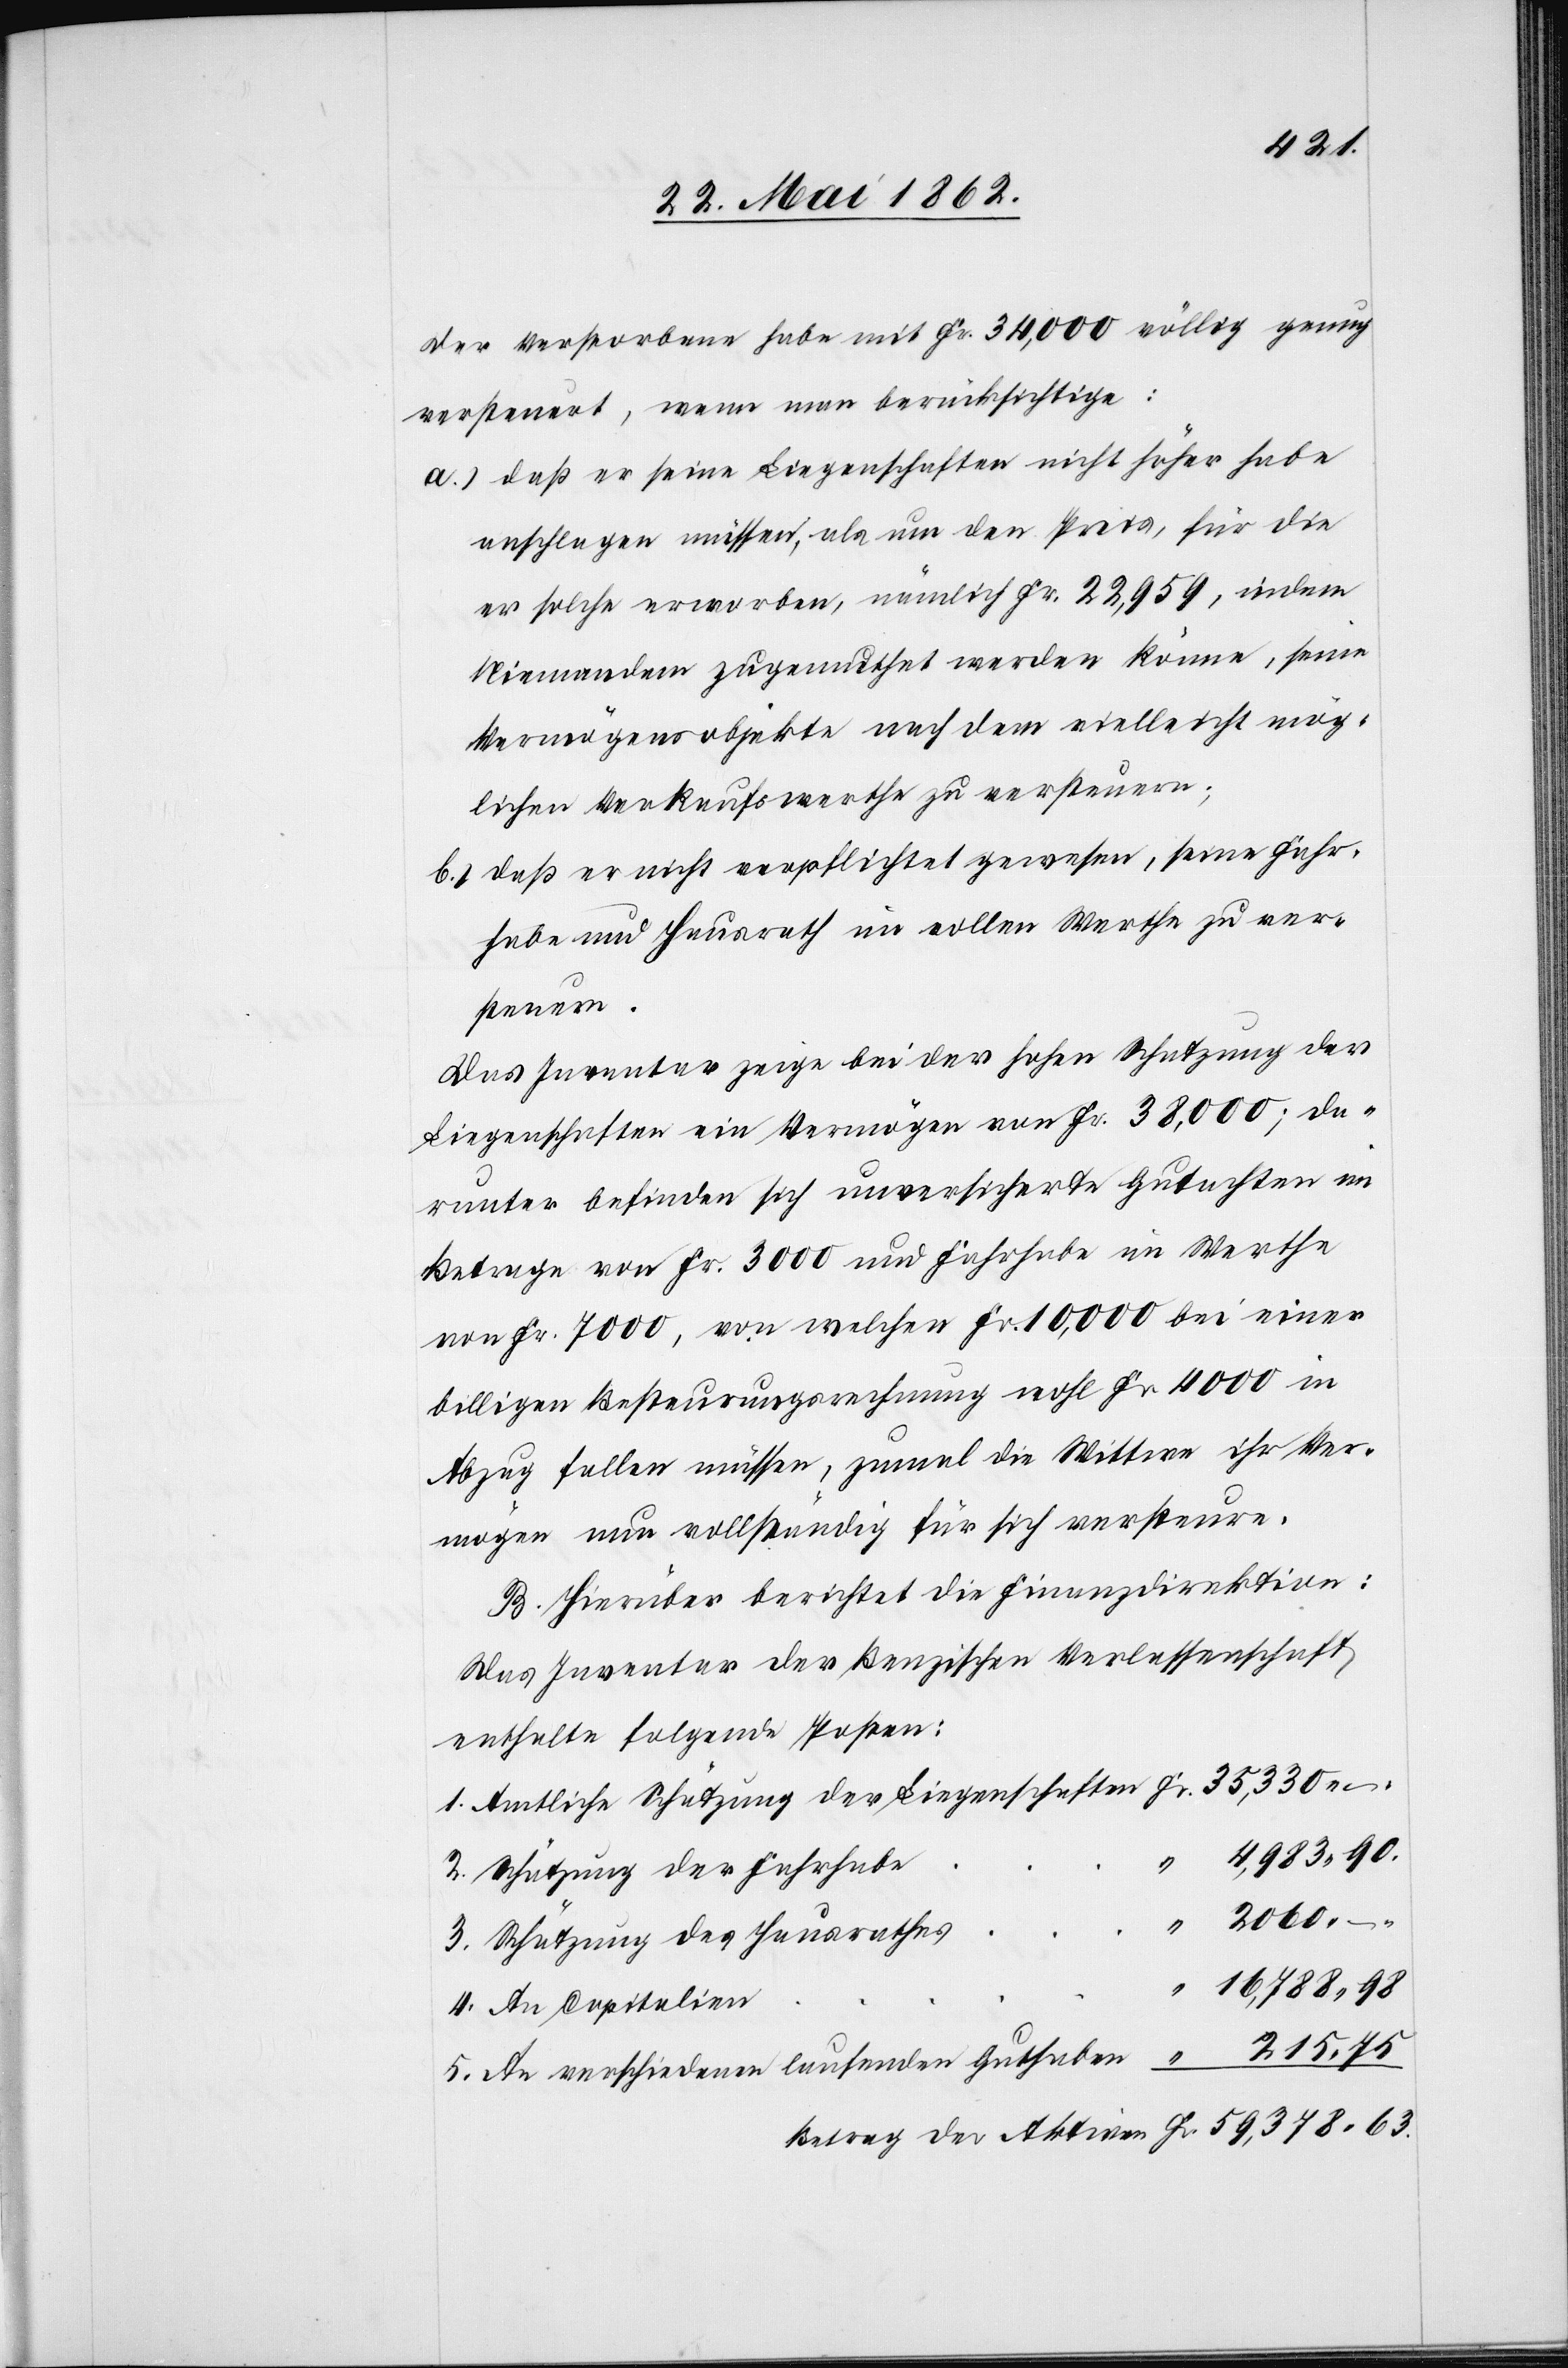
215
Der Verstorbene habe mit Fr. 34,000 völlig genug
versteuert, wenn man berücksichtige:
a) daß er seine Liegenschaften nicht höher habe
anschlagen müssen, da um den Preis, für die
er solche erworben, nämlich Fr. 22,959, indem
Niemandem Zugemuthtet werden könne, seine
Vermögensobjekte nach dem vielleicht mög¬
lichen Verkaufswerthe zu versteuern;
b) daß er nicht verpflichtet gewesen, seine Fahr¬
habe und Hausrath im vollen Werthe zu ver¬
steuern.
Das Inventar zeige bei der hohen Schatzung der
Liegenschaften ein Vermögen von Fr. 38,000; da¬
runter befinden sich unversicherte Gutachten im
Betrage von Fr. 3000 und Fahrhabe im Werthe
von Fr. 7000, von welchen Fr. 10,000 bei einer
billigen Besteurungsrechnung wohl Fr. 4000 in
Abzug fallen müssen, zumal die Wittwe ihr Ver¬
mögen nun vollständig für sich versteure.
B. Hierüber berichtet die Finanzdirektion:
Das Inventar der Benzischen Verlassenschaft
enthalte folgende Posten:
1. Amtliche Schätzung der Liegenschaften
2. Schätzung der Fahrhabe
3. Schätzung des Hausrathes
16,788
4. An Capitalien
5. An verschiedenen laufenden Guthaben